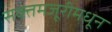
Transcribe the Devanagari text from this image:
सक्तमजूरीमधून